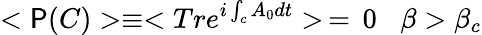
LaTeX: <\mathsf{P}(C)>\equiv<Tre^{i\int_{c}A_{0}dt}>\, =\, 0\; \; \; \beta>\beta_{c}